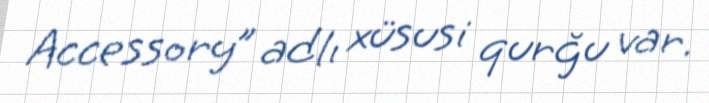
Accessory” adlı xüsusi qurğu var.